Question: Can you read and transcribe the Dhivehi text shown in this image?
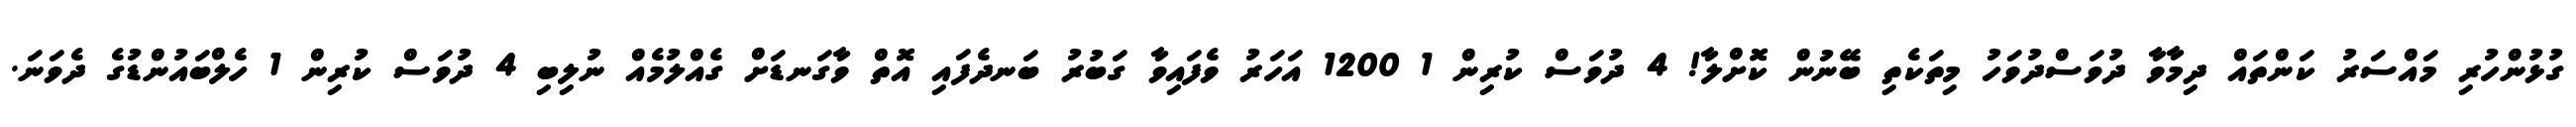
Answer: ގުޅުންހުރި މައްސަރު ކަންތައް ދިމާވާ ދުވަސްދުވަހު މިތަކެތި ބޭނުން ކޮށްލާ! 4 ދުވަސް ކުރިން 1 1200 އަހަރު ވެފައިވާ ގަބުރު ބަނދެފައި އޮތް ވާގަނޑަށް ގެއްލުމެއް ނުލިބި 4 ދުވަސް ކުރިން 1 ހެލްބައުންޑުގެ ދެވަނަ.